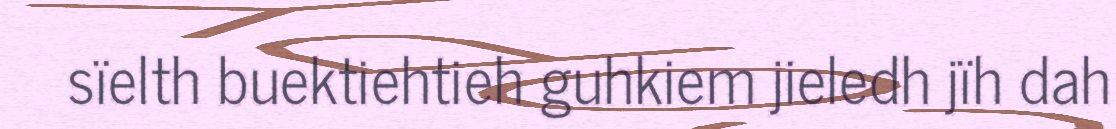
sïelth buektiehtieh guhkiem jieledh jïh dah